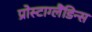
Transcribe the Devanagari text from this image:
प्रोस्टाग्लैंडिन्स